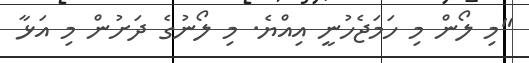
"މި ލޯން މި ހަމަޖެހުނީ އިއްޔެ. މި ލޯނުގެ ދަށުން މި އަޅާ